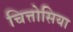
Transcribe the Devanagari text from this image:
चित्तोसिया